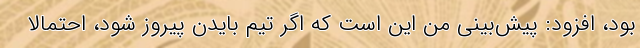
بود، افزود: پیش‌بینی من این است که اگر تیم بایدن پیروز شود، احتمالا